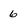
Character: 6